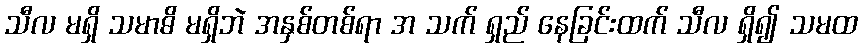
သီလ မရှိ သမာဓိ မရှိဘဲ အနှစ်တစ်ရာ အ သက် ရှည် နေခြင်းထက် သီလ ရှိ၍ သမထ